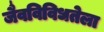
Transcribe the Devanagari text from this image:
जैवविविधतेला